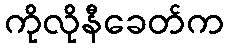
ကိုလိုနီခေတ်က